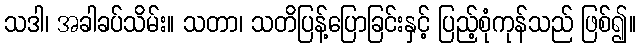
သဒါ၊ အခါခပ်သိမ်း။ သတာ၊ သတိပြန့်ပြောခြင်းနှင့် ပြည့်စုံကုန်သည် ဖြစ်၍။